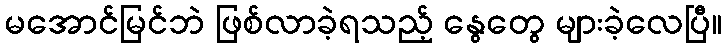
မအောင်မြင်ဘဲ ဖြစ်လာခဲ့ရသည့် နွေတွေ များခဲ့လေပြီ။